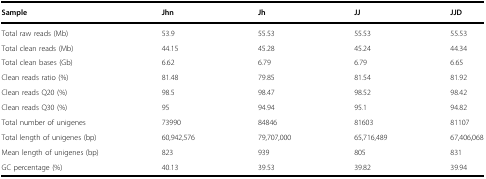
| Sample | Jhn | Jh | JJ | JJD |
 | --- | --- | --- | --- | --- |
 | Total raw reads (Mb) | 53.9 | 55.53 | 55.53 | 55.53 |
 | Total clean reads (Mb) | 44.15 | 45.28 | 45.24 | 44.34 |
 | Total clean bases (Gb) | 6.62 | 6.79 | 6.79 | 6.65 |
 | Clean reads ratio (%) | 81.48 | 79.85 | 81.54 | 81.92 |
 | Clean reads Q20 (%) | 98.5 | 98.47 | 98.52 | 98.42 |
 | Clean reads Q30 (%) | 95 | 94.94 | 95.1 | 94.82 |
 | Total number of unigenes | 73990 | 84846 | 81603 | 81107 |
 | Total length of unigenes (bp) | 60,942,576 | 79,707,000 | 65,716,489 | 67,406,068 |
 | Mean length of unigenes (bp) | 823 | 939 | 805 | 831 |
 | GC percentage (%) | 40.13 | 39.53 | 39.82 | 39.94 |